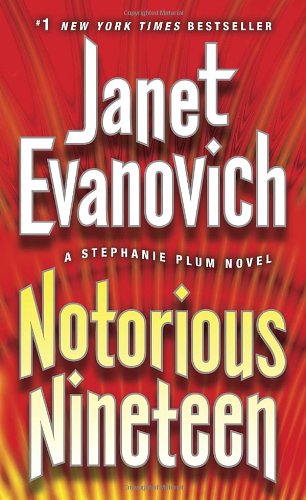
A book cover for Notorious Nineteen: A Stephanie Plum Novel; Janet Evanovich; Romance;